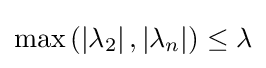
\max \left(\left|\lambda _{2}\right|,\left|\lambda _{n}\right|\right)\leq \lambda